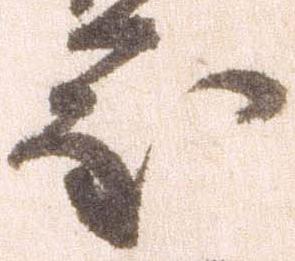
度